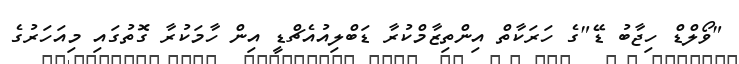
"ވޯލްޑް ހިޖާބު ޑޭ"ގެ ހަރަކާތް އިންތިޒާމްކުރާ ޑަބްލިއުއެޗްޑީ އިން ހާމަކުރާ ގޮތުގައި މިއަހަރުގެ